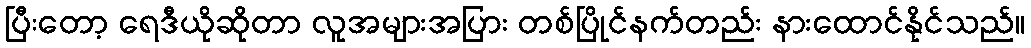
ပြီးတော့ ရေဒီယိုဆိုတာ လူအများအပြား တစ်ပြိုင်နက်တည်း နားထောင်နိုင်သည်။